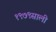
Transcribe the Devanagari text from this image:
१९७९साली